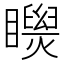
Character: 𥌝